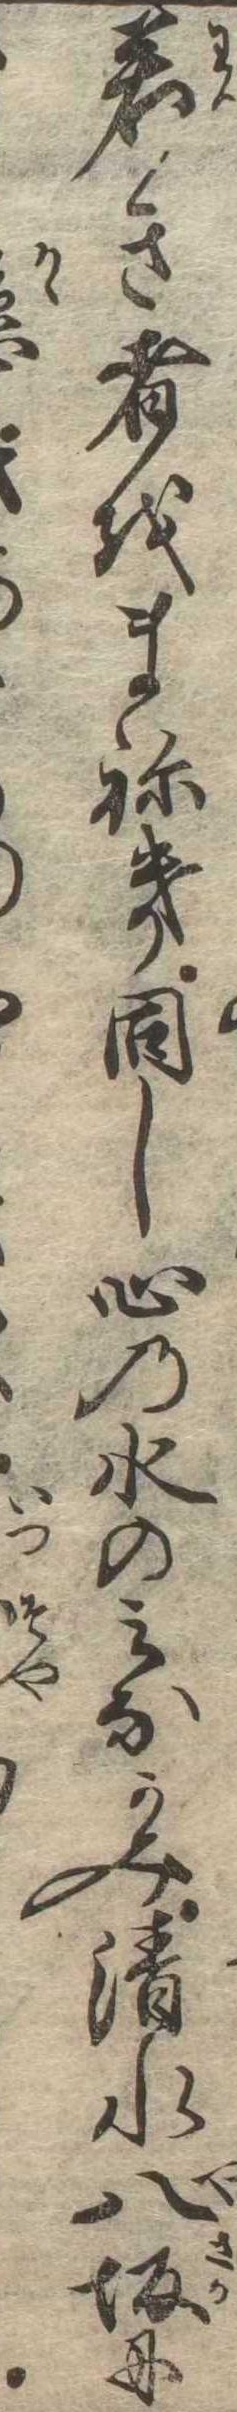
若き者をまねき同し心の水のみなかみ清水八坂に